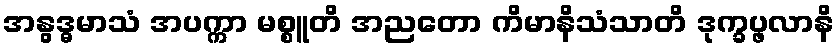
အနွဒ္ဓမာသံ အပက္ကာ မစ္စူတိ အညတော ကိမာနိသံသာတိ ဒုက္ခပ္ဖလာနိ